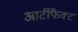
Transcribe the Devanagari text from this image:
आर्टीफैक्ट